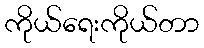
ကိုယ်ရေးကိုယ်တာ